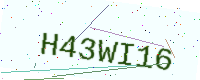
Text: H43WI16